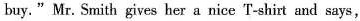
buy."Mr. Smith gives her a nice T-shirt and says,